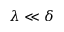
\lambda \ll \delta